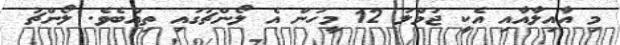
މި އާއިލާއާއި އެކީ ޖުމްލަ 12 މީހުން އެ ލޯންޗުގައި ތިއްބެވެ. ލޯންޗު